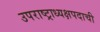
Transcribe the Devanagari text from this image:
उपराष्ट्राध्यक्षपदाची